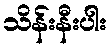
သိန်းနီးပါး